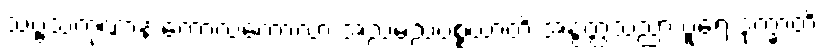
သဗ္ဗသကုဏာနံ ကောလံကောလာ အညမညပစ္စယာတိ အနွတ္ထသညာ ပူရေ ဒုက္ခာတိ